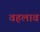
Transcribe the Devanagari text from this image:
वहलाव